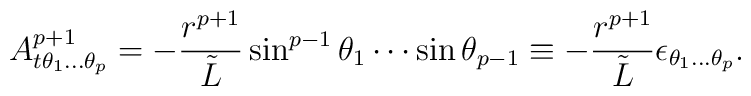
A^{p+1}_{t\theta_1...\theta_p}=-{{r^{p+1}}\over\tilde{L}}\sin^{p-1}\theta_1\cdots\sin\theta_{p-1}\equiv -{r^{p+1}\over\tilde{L}}\epsilon_{\theta_1...\theta_p}.